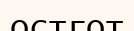
остгот